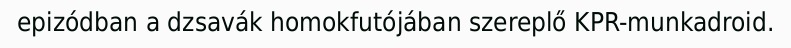
epizódban a dzsavák homokfutójában szereplő KPR-munkadroid.